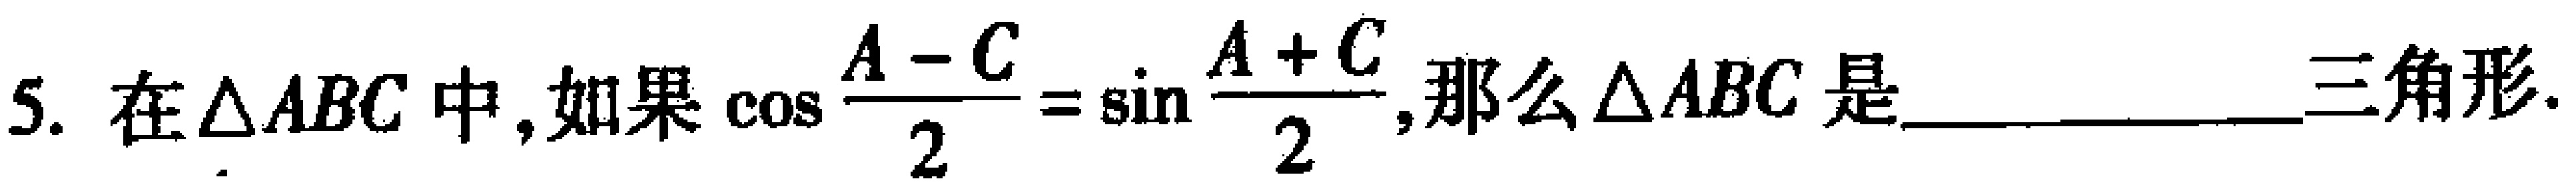
5. 在$\triangle ABC$中，如果$\cos\frac{A - C}{2}=\sin\frac{A + C}{2}$,那么$\triangle ABC$是________________三角形.